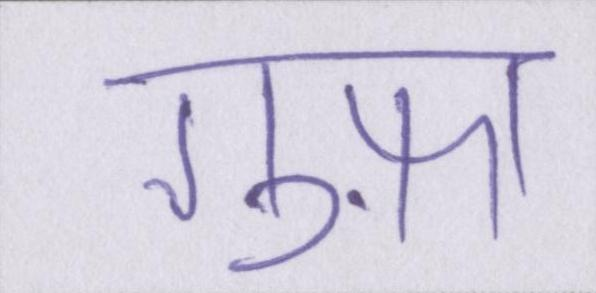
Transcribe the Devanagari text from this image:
गुफ़ा